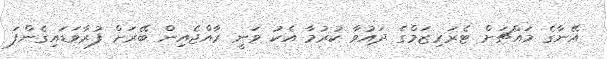
އޭނާގެ މައްޗަށް ޓެރަރިޒަމްގެ ދައުވާ ކުރުމާ އެކު ވަނީ ރާއްޖެއިން ބޭރަށް ފުރާވަޑައިގެންފަ